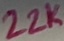
Text: 22K